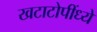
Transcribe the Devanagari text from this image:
खटाटोपींध्ये